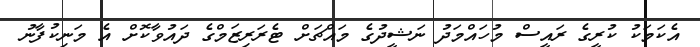
އެކަމަކުު ކުރީގެ ރައީސް މުހައްމަދު ނަޝީދުގެ މައްޗަށް ޓެރަރިޒަމްގެ ދައުވާކޮށް އެ މަނިކުފާނު